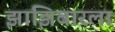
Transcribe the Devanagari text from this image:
झांझिबारला